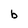
Character: b